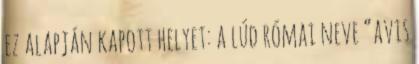
ez alapján kapott helyet: a lúd római neve “avis